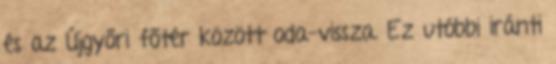
és az Újgyőri főtér között oda-vissza. Ez utóbbi iránti